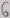
Text: 6